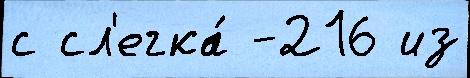
с сл'егка́ -216 из